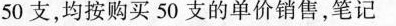
50支，均按购买50支的单价销售，笔记